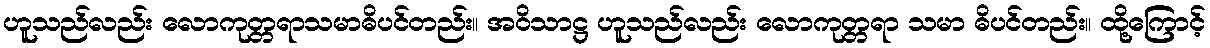
ဟူသည်လည်း လောကုတ္တရာသမာဓိပင်တည်း။ အဝိသာဋ္ဌ ဟူသည်လည်း လောကုတ္တရာ သမာ ဓိပင်တည်း။ ထို့ကြောင့်